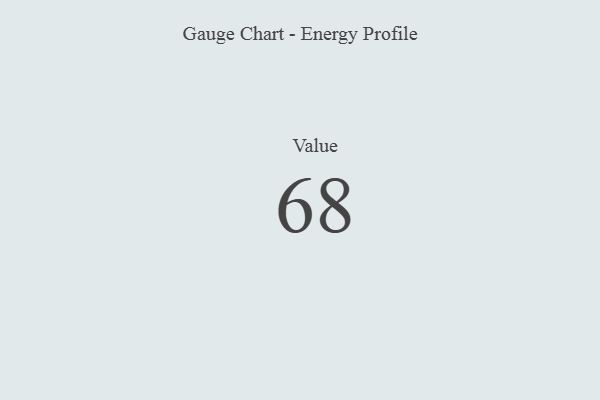
{"axis": {"x": "Metric", "y": "Value"}, "legend": [""], "data": [{"x": "Value", "y": 68, "type": ""}]}